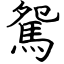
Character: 駌